Calcutta medical institutions reports 1879-81 [i.e.91]
Year: 1879
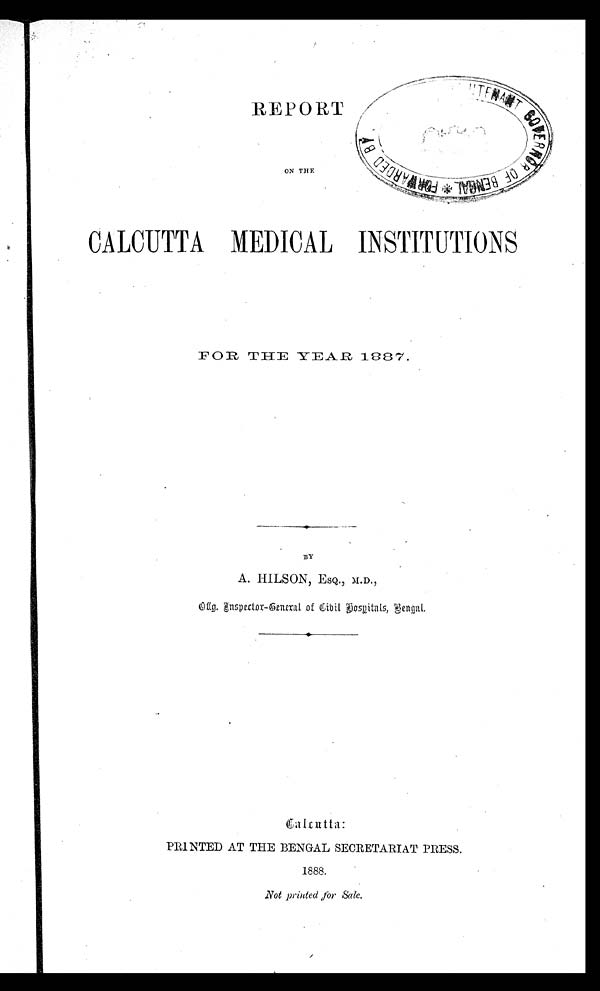
REPORT
•
ON THE
CALCUTTA MEDICAL INSTITUTIONS
FOR THE
YEAR 1887.
•
BY
A. HILSON, ESQ., M.D.,
O f f g . I n s p e c t o r - G e n e r a l o f C i v i l H o s p i t a l s , B e n g a l .
Calcutta:
PRINTED AT THE BENGAL SECRETARIAT PRESS.
1888.
Not printed for Sale.